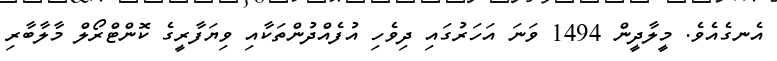
އެނގެއެވެ. މީލާދީން 1494 ވަނަ އަހަރުގައި ދިވެހި އުފެއްދުންތަކާއި ވިޔަފާރީގެ ކޮންޓްރޯލް މާލާބާރި